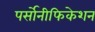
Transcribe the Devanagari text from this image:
पर्सोनीफिकेशन